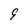
Character: 9